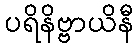
ပရိနိဗ္ဗာယိနီ